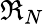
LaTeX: \mathfrak{R}_{N}